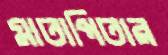
মাতাপিতার